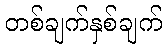
တစ်ချက်နှစ်ချက်